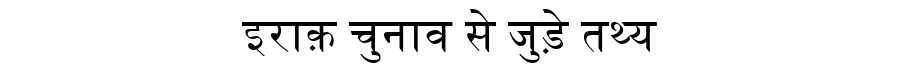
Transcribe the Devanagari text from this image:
इराक़ चुनाव से जुड़े तथ्य